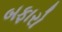
બફારો